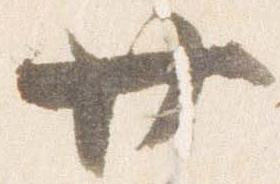
廿